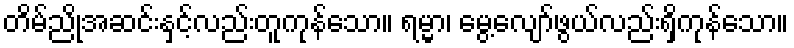
တိမ်ညိုအဆင်းနှင့်လည်းတူကုန်သော။ ရမ္မာ၊ မွေ့လျော်ဖွယ်လည်းရှိကုန်သော။